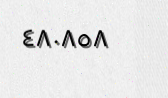
٤٨٠٨٥٨